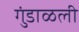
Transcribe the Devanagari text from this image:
गुंडाळली